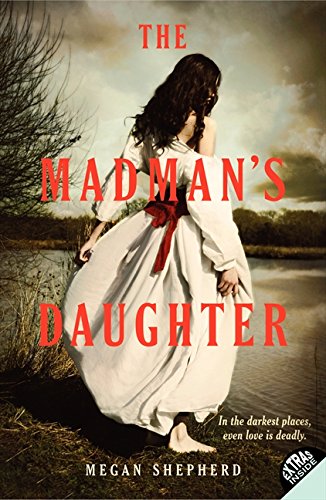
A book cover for The Madman's Daughter; Megan Shepherd; Teen & Young Adult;